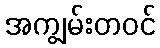
အကျွမ်းတဝင်